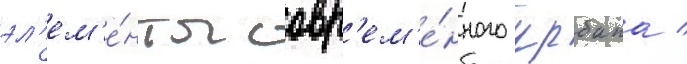
эл'ем'е́нты совр'ем'е́нного урбана /